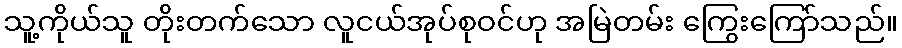
သူ့ကိုယ်သူ တိုးတက်သော လူငယ်အုပ်စုဝင်ဟု အမြဲတမ်း ကြွေးကြော်သည်။